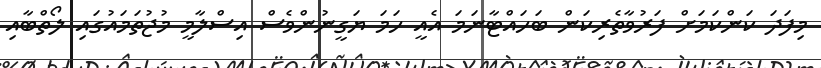
މިފަދަ ކަންކަމަށް ފަރުވާތެރިކަން ބަހައްޓާނަމަ އެއީ ހަމަ ޔަގީނުންވެސް އިސްލާމީ މުޖުތަމައުގައި ލޯތްބާއި